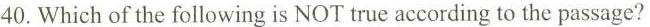
40.Which of the following is NOT true according to the passage?